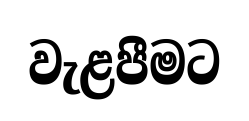
වැළපීමට